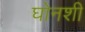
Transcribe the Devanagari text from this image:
घोनशी